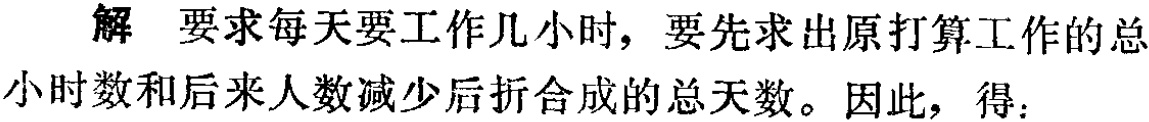
解 要求每天要工作几小时，要先求出原打算工作的总小时数和后来人数减少后折合成的总天数。因此，得：